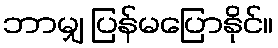
ဘာမျှ ပြန်မပြောနိုင်။